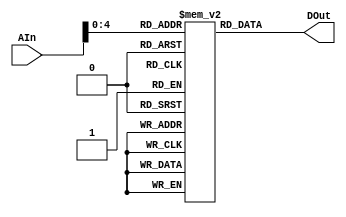
`timescale 1ns / 1ps
//////////////////////////////////////////////////////////////////////////////////
// Company: 
// Engineer: 
// 
// Design Name: 
// Module Name: IMem
// Project Name: 
// Target Devices: 
// Tool Versions: 
// Description: 
// 
// Dependencies: 
// 
// Revision:
// Revision 0.01 - File Created
// Additional Comments:
// 
//////////////////////////////////////////////////////////////////////////////////


module IMem(AIn, DOut);
input [31:0] AIn;
output reg [31:0] DOut;
reg [31:0] instructionmem [31:0];

initial
    begin
    instructionmem[0] = 32'h10010064; //load r0, r1, 100
    instructionmem[1] = 32'h4c1e0001; //addi r0, r30, 1
    instructionmem[2] = 32'h00000000; //nop
    instructionmem[3] = 32'h00000000; //nop
    instructionmem[4] = 32'h44220001; //sli r1, r2, 1
    instructionmem[5] = 32'h00000000; //nop
    instructionmem[6] = 32'h00000000; //nop
    instructionmem[7] = 32'h00000000; //nop
    instructionmem[8] = 32'h04221800; //add r1, r2, r3
    instructionmem[9] = 32'h48240001; //sri r1, r4, 1
    instructionmem[10] = 32'h583e0005; //bra r1, r30, 5
    instructionmem[11] = 32'h6319d000; //mulf r24, r25, r26
    instructionmem[12] = 32'h0c4000c8; //store r2, r0, 200
    instructionmem[13] = 32'h4c650001; //addi r3, r5, 1
    instructionmem[14] = 32'h50860001; //subi r4, r6, 1
    instructionmem[15] = 32'h54000015; //jump 21
    instructionmem[16] = 32'h00000000; //nop
    instructionmem[17] = 32'h50650001; //store r2, r0, 200
    instructionmem[18] = 32'h46860001; //addi r3, r5, 1
    instructionmem[19] = 32'h00000000; //subi r4, r6, 1
    instructionmem[20] = 32'h00000000; //nop
    instructionmem[21] = 32'h0ca000c9; //store r5, r0, 201
    instructionmem[22] = 32'h0cc000ca; //store r6, r0, 202
    instructionmem[23] = 32'h00000000; //nop
    instructionmem[24] = 32'h00000000; //nop
    instructionmem[25] = 32'h00000000; //nop
    instructionmem[26] = 32'h00000000; //nop
    end
always @ (*)
begin   
    DOut = instructionmem [AIn];
end
endmodule